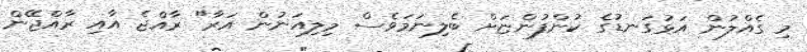
މި ގެއްލުން އަޅުގަނޑުގެ ކުންފުންޏަށް ބެލިނަމަވެސް މިލިއަނުން އަރާ" ރާއްޖެ އާއި ރާއްޖޭން